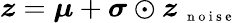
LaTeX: \boldsymbol z=\boldsymbol\mu+\boldsymbol\sigma\odot\boldsymbol z_{\mathrm{~\scriptsize~n~o~i~s~e~}}